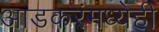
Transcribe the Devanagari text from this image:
आडकरंमध्येही